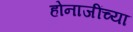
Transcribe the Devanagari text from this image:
होनाजींच्या